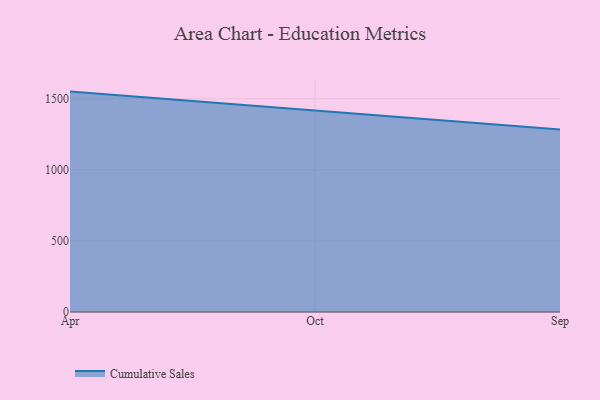
{"axis": {"x": "Month", "y": "Shipments"}, "legend": ["Cumulative Sales"], "data": [{"x": "Apr", "y": 1550.2, "type": "Cumulative Sales"}, {"x": "Oct", "y": 1415.0, "type": "Cumulative Sales"}, {"x": "Sep", "y": 1284.3, "type": "Cumulative Sales"}]}